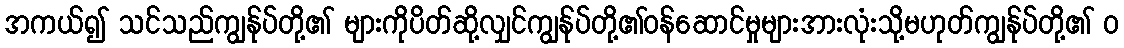
အကယ်၍ သင်သည်ကျွန်ုပ်တို့၏ များကိုပိတ်ဆို့လျှင်ကျွန်ုပ်တို့၏ဝန်ဆောင်မှုများအားလုံးသို့မဟုတ်ကျွန်ုပ်တို့၏ ၀